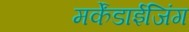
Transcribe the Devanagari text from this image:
मर्केंडाईजिंग